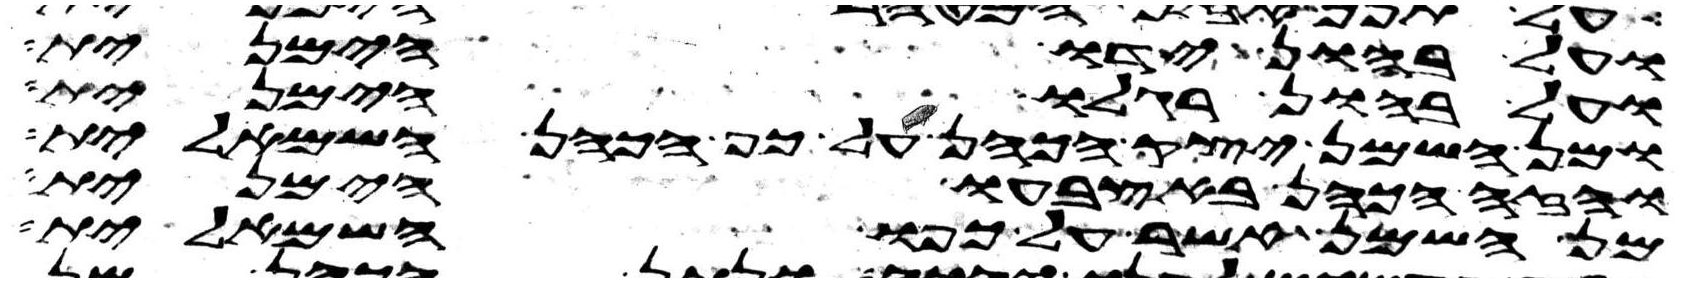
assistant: ועל בהון ידו הימנית
ועל בהון רגלו הימנית
ומן השמן יצק הכהן על כף הכהן השמאלית
והזה הכהן באצבעו הימנית
מן השמן אשר על כפו השמאלית